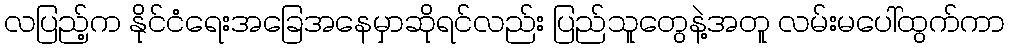
လပြည့်က နိုင်ငံရေးအခြေအနေမှာဆိုရင်လည်း ပြည်သူတွေနဲ့အတူ လမ်းမပေါ်ထွက်ကာ